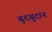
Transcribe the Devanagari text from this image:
बुदबुदान